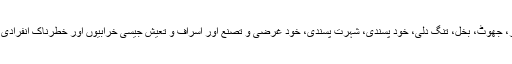
اس یونٹ میں تکبر و غرور، جھوٹ، بخل، تنگ دلی، خود پسندی، شہرت پسندی، خود غرضی و تصنع اور اسراف و تعیش جیسی خرابیوں اور خطرناک انفرادی اخلاقی امراض کا بیان ہے۔